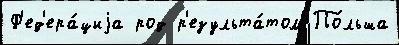
Ф'ед'ера́циjа род р'езульта́том По́льша